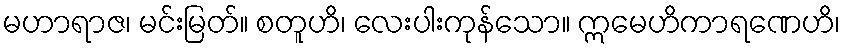
မဟာရာဇ၊ မင်းမြတ်။ စတူဟိ၊ လေးပါးကုန်သော။ ဣမေဟိကာရဏေဟိ၊